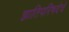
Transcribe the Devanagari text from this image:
ज्ञातिपरिषदेचे